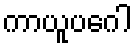
ကာယူပဂေါ